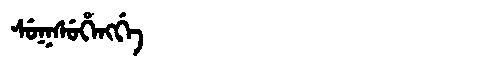
Manchu: ᠰᡠᡴᠰᡠᡥᡝᠩᡤᡝ
Romanization: SUKSUHENGGE